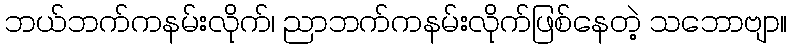
ဘယ်ဘက်ကနမ်းလိုက်၊ ညာဘက်ကနမ်းလိုက်ဖြစ်နေတဲ့ သဘောဗျာ။